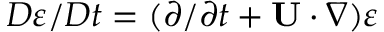
D \varepsilon / D t = ( \partial / \partial t + { \bf { U } } \cdot \nabla ) \varepsilon